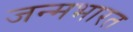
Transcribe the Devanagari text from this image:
जन्मभारत